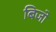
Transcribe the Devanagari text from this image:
बिजो